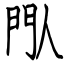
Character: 閄